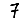
Digit: 7